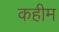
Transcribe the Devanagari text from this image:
कहीम